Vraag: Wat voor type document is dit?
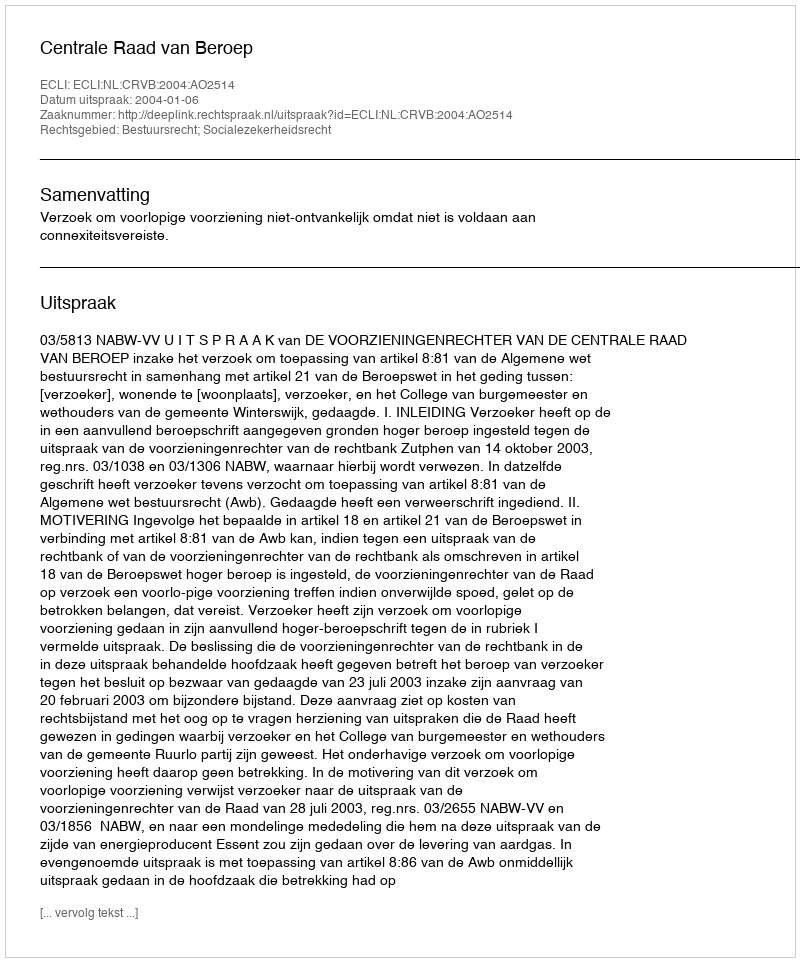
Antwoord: Uitspraak